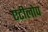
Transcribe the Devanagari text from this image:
एंटीलोप